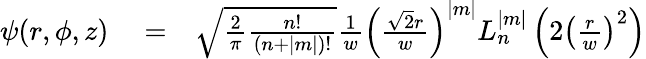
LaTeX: \begin{array}{rlr}{\psi(r,\phi,z)}&{{}=}&{\sqrt{\frac{2}{\pi}\frac{n!}{(n+|m|)!}}\frac{1}{w}\left(\frac{\sqrt{2}r}{w}\right)^{|m|}L_{n}^{|m|}\left(2\left(\frac{r}{w}\right)^{2}\right)}\end{array}